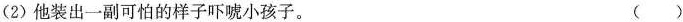
(2)他装出一副\underset{·}{可}\underset{·}{怕}的样子吓唬小孩子。 ( )